Report on plague in the Punjab from October 1st ... to September 30th ..., being the ... season of plague in the province
Disease focus: Plague
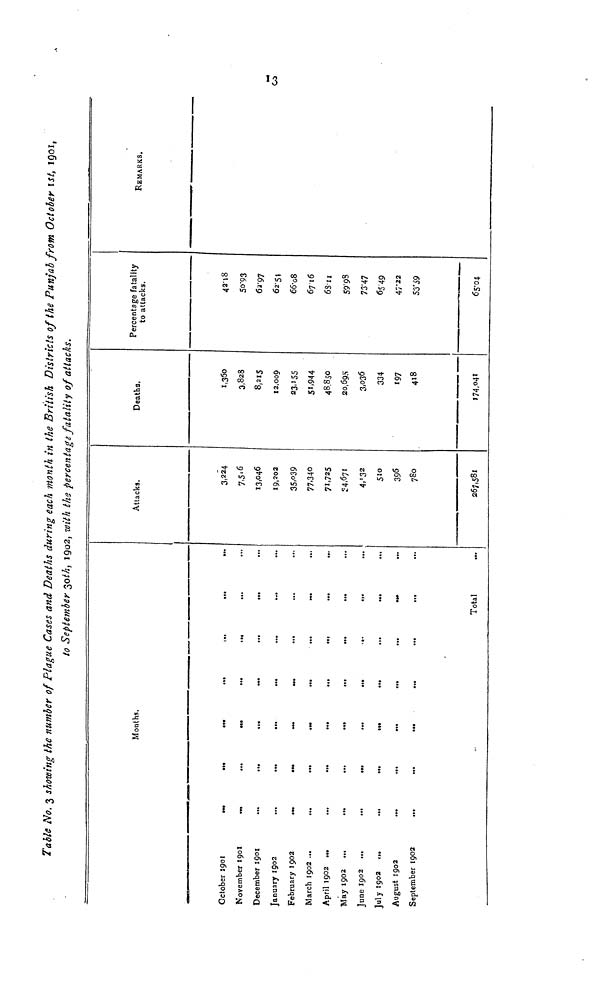
Table No. 3 showing the number of Plague Cases and Deaths during each month in the British Districts of the Punjab from October 1st, 1901,
to September 30 th, 1902, with the percentage fatality of attacks.
October
1901
...
November 190I
...
December 1901 ...
January 1902
...
February
1902
...
March 1902 ... ...
April 1902 ...
May 1902 ... ...
June 1902 ...
...
July 1902
,..
August 1902
...
September 1902
...
Months.
...
...
...
... ... ...
...
...
...
...
...
«»»
•••
...
...
...
...
...
...
...
...
..
...
...
Total
Attacks.
3.224
7.5'6
13,046
19,202
35.039
77.340
71.725
34,671
4,13 2
510
396
780
267,581
Deaths.
1,360
3,828
8,215
12,000
23,155
51,944
48,850
20,695
3,036
334
197
418
174,041
Percentage fatality
to attacks.
42.18
50.93
62.97
62.54
66.08
67 16
68.11
59.98
73.47
65. 49
47.22
53.59
65.04
REMARKS.